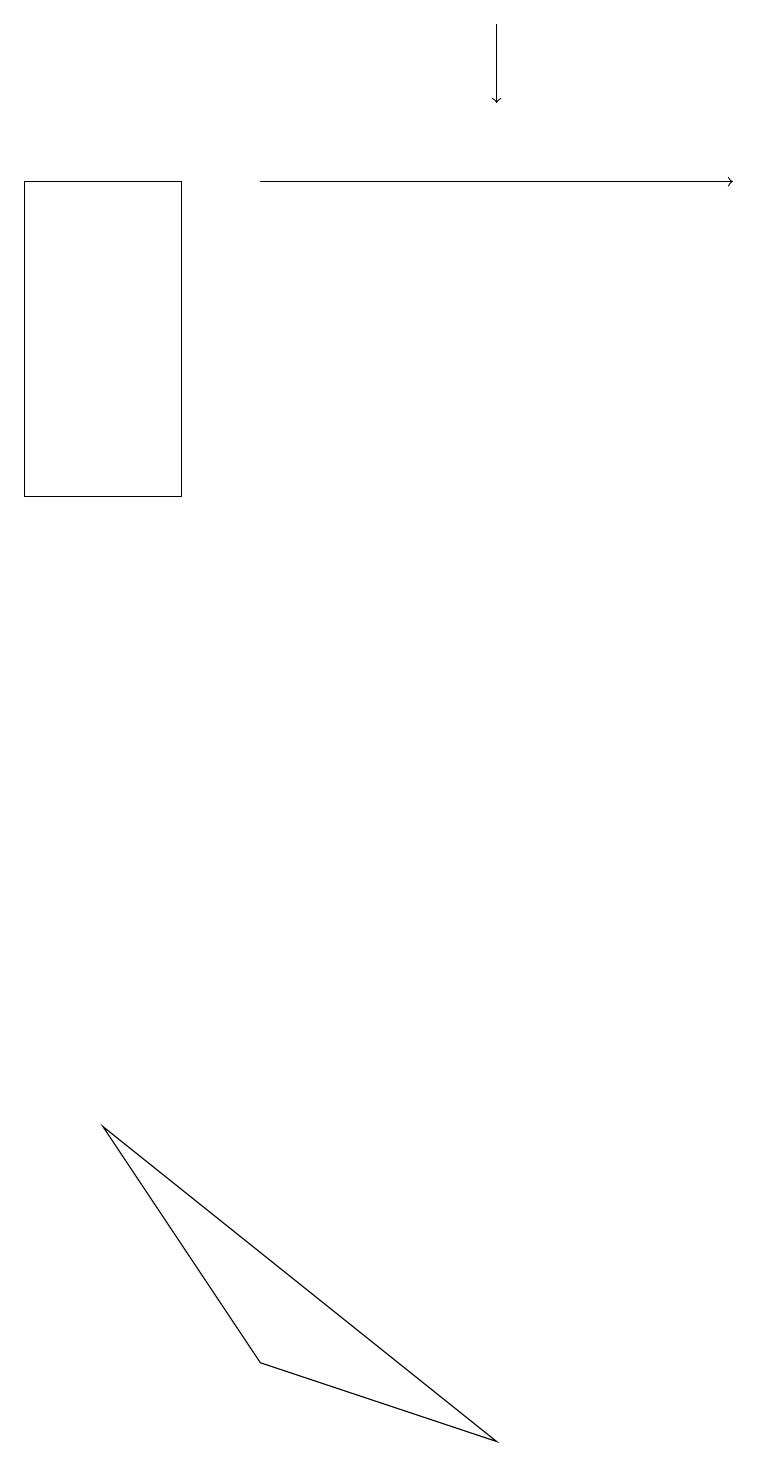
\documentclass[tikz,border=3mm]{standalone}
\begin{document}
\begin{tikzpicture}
\draw (1,5) -- (3,2) -- (6,1) -- cycle;
\draw[->] (6,19) -- (6,18);
\draw (2,17) rectangle (0,13);
\draw[->] (3,17) -- (9,17);
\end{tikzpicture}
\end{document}